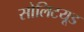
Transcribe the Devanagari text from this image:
सोलिटयूड